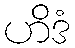
ဟိဒံ